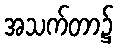
အသက်တာ၌